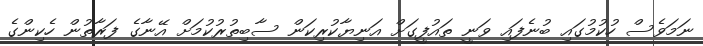
ނަމަވެސް ހުކުމުގައި ބުނެފައި ވަނީ ތައުފީގަށް އަނިޔާކުރިކަން ސާބިތުރުކުމަށް އޭނާގެ ފަރާތުން ހެކިންގެ